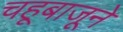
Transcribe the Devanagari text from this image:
चहूबाजूने